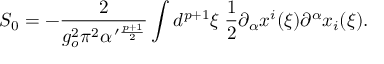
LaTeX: S _ { 0 } = - \frac { 2 } { g _ { o } ^ { 2 } \pi ^ { 2 } \alpha ^ { \, \prime \frac { p + 1 } { 2 } } } \int d ^ { p + 1 } \xi \; \frac { 1 } { 2 } \partial _ { \alpha } x ^ { i } ( \xi ) \partial ^ { \alpha } x _ { i } ( \xi ) .